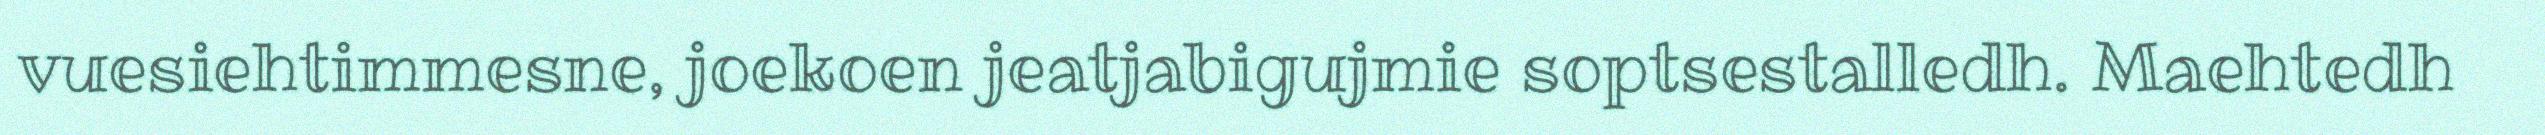
vuesiehtimmesne, joekoen jeatjabigujmie soptsestalledh. Maehtedh